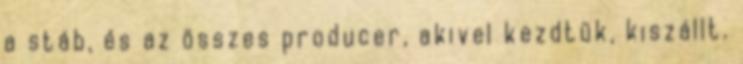
a stáb, és az összes producer, akivel kezdtük, kiszállt.